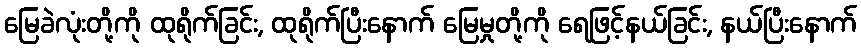
မြေခဲလုံးတို့ကို ထုရိုက်ခြင်း, ထုရိုက်ပြီးနောက် မြေမှုတို့ကို ရေဖြင့်နယ်ခြင်း, နယ်ပြီးနောက်